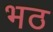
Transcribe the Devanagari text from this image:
भठ